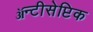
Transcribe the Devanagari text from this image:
ॲन्टीसेप्टिक